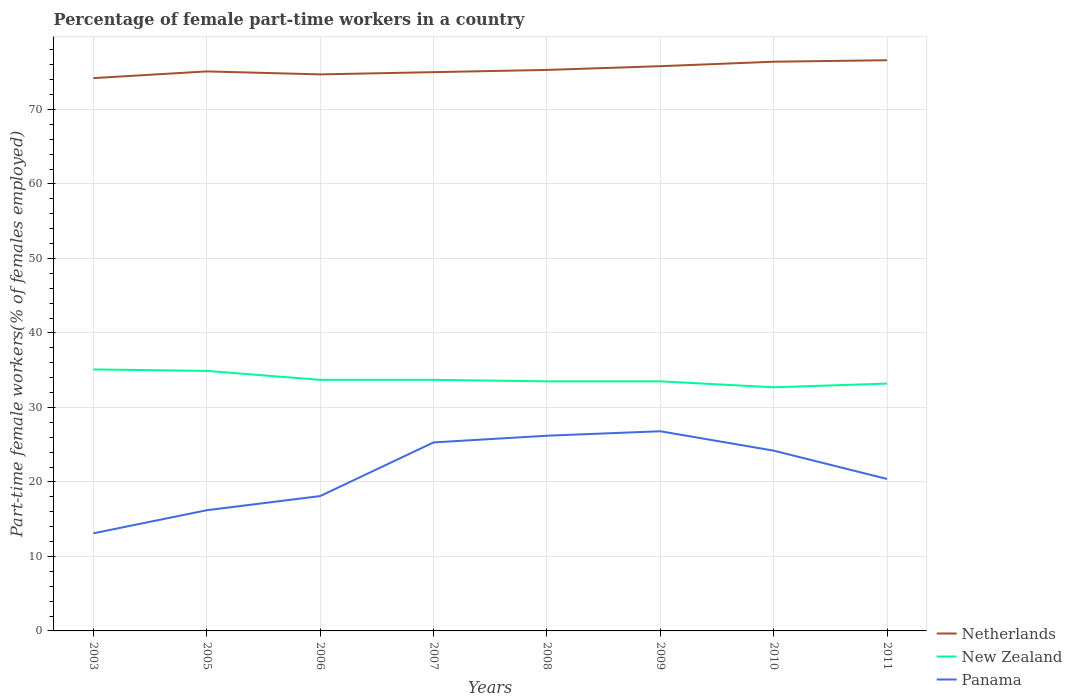
| Years | Netherlands | New Zealand | Panama |
 | --- | --- | --- | --- |
 | 2003 | 74.2 | 35.1 | 13.1 |
 | 2005 | 75.1 | 34.9 | 16.2 |
 | 2006 | 74.7 | 33.7 | 18.1 |
 | 2007 | 75 | 33.7 | 25.3 |
 | 2008 | 75.3 | 33.5 | 26.2 |
 | 2009 | 75.8 | 33.5 | 26.8 |
 | 2010 | 76.4 | 32.7 | 24.2 |
 | 2011 | 76.6 | 33.2 | 20.4 |